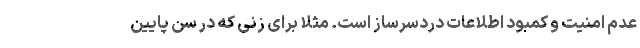
عدم امنیت و کمبود اطلاعات دردسرساز است. مثلاً برای زنی که در سن پایین